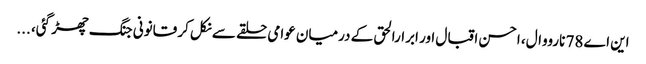
این اے 78 نارووال، احسن اقبال اور ابرارالحق کے درمیان عوامی حلقے سے نکل کر قانونی جنگ چھڑ گئی، ...